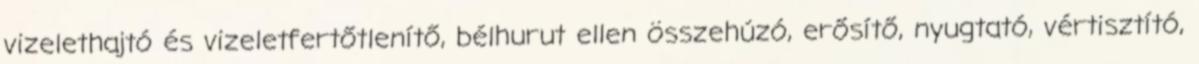
vizelethajtó és vizeletfertőtlenítő, bélhurut ellen összehúzó, erősítő, nyugtató, vértisztító,